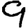
Digit: 9